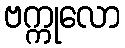
ဗက္ကုလော